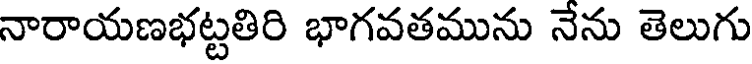
నారాయణభట్టతిరి భాగవతమును నేను తెలుగు